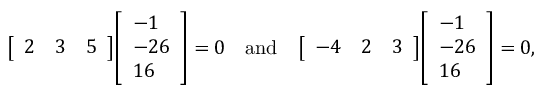
{ \left[ \begin{array} { l l l } { 2 } & { 3 } & { 5 } \end{array} \right] } { \left[ \begin{array} { l } { - 1 } \\ { - 2 6 } \\ { 1 6 } \end{array} \right] } = 0 \quad \mathrm { a n d } \quad { \left[ \begin{array} { l l l } { - 4 } & { 2 } & { 3 } \end{array} \right] } { \left[ \begin{array} { l } { - 1 } \\ { - 2 6 } \\ { 1 6 } \end{array} \right] } = 0 \mathrm { , }